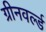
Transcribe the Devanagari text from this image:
ग्रीनवर्ल्ड